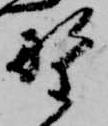
野